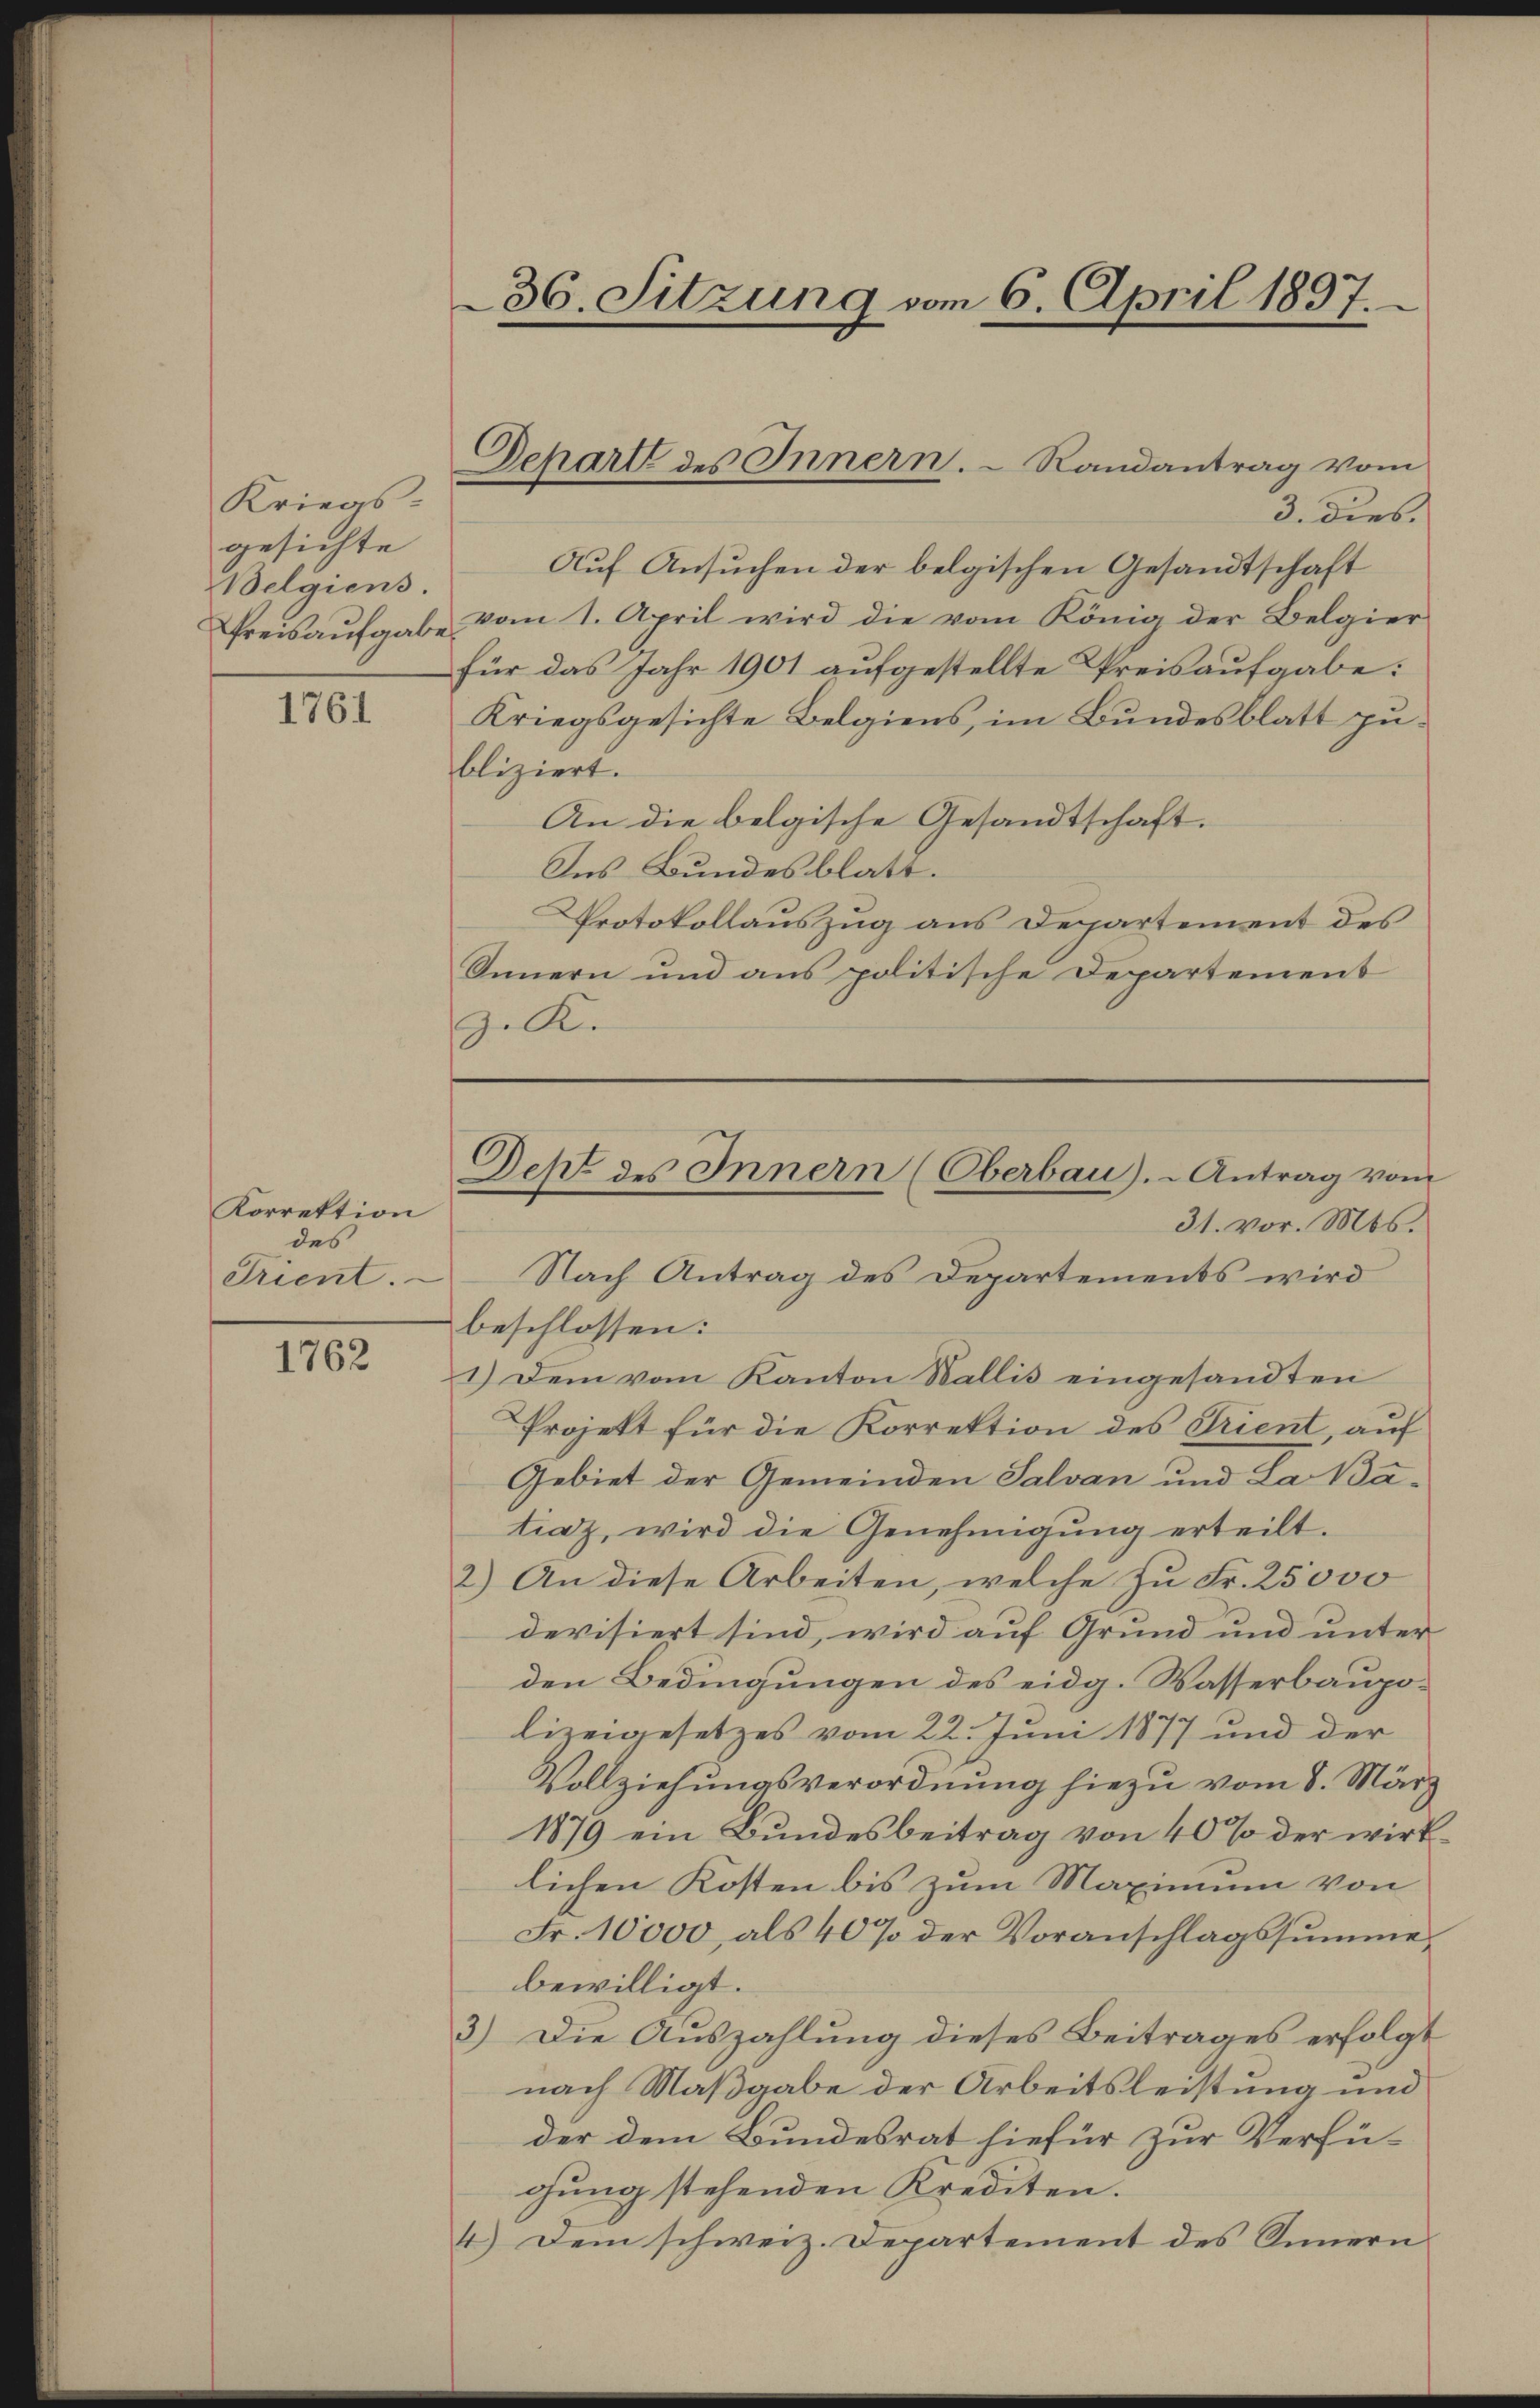
Kriegs-
gesichte
Belgiens.

1761

Korrektion
des
Trient.

1762

3. dies.
Auf Ansuchen der belgischen Gesandtschaft
Preisaufgabe vom 1. April wird die vom König der Belgier
für das Jahr 1901 aufgestellte Preisaufgabe:
Kriegsgesichte Belgiens, im Bundesblatt zubliziert.
An die belgische Gesandtschaft.
Ins Bundesblatt.
Protokollauszug aus Departement des
Innern und aus politische Departement
.K.

36. Sitzung vom 6. April 1897.

Depart des Innern.  Randantrag vom

Dept des Innern (Oberbau). Antrag vom
31. vor. Mts.

Nach Antrag des Departements wird
beschlossen:
1.) Dem vom Kanton Wallis eingesandten
Projekt für die Korrektion des Trient, auf
Gebiet der Gemeinden Salvan und La Batiaz, wird die Genehmigung erteilt.
2.) An diese Arbeiten, welche zu Fr. 25000
devisiert sind, wird auf Grund und unter
den Bedingungen des eidg. Wasserbaupolizeigesetzes vom 22. Juni 1877 und der
Vollziehungsverordnung hiezu vom 8. März
1879 ein Bundesbeitrag von 40% der wirklichen Kosten bis zum Maximum von
Fr. 10000, als 40% der Voranschlagssumme,
bewilligt.
3) Die Auszahlung dieses Beitrages erfolgt
nach Maßgabe der Arbeitsleistung und
der dem Bundesrat hiefür zur Verfügung stehenden Krediten.
4.) Dem schweiz. Departement des Sinnern